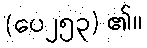
(ပေ၂၅၃) ၏။